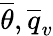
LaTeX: \overline{{\theta}},\overline{{q}}_{v}